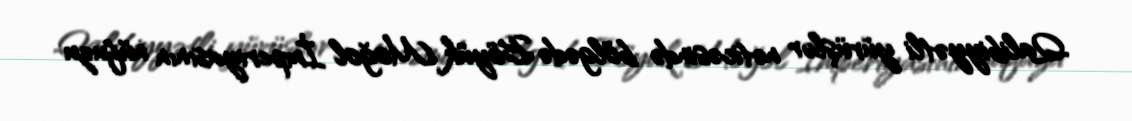
Qalibiyyətli yürüşlər nəticəsində bölgədə Böyük Moğol İmperiyasının nüfuzu